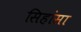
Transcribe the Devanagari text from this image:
सिहांसा